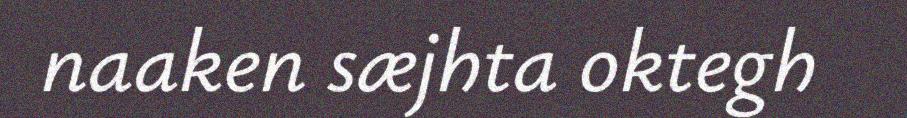
naaken sæjhta oktegh